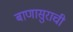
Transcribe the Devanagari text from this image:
बाणासुराची